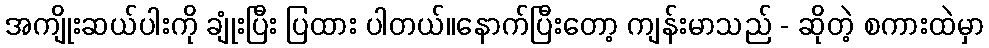
အကျိုးဆယ်ပါးကို ချုံးပြီး ပြထား ပါတယ်။နောက်ပြီးတော့ ကျန်းမာသည် - ဆိုတဲ့ စကားထဲမှာ